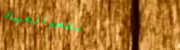
مطعم الحياة